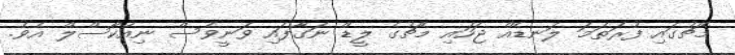
މެޗުގައި ފުރަތަމަ ލަނޑެއް ޖަހައި މެޗުގެ ލީޑް ނަގާފައި ވަނީވެސް ނިއުކާސްލް އެވެ.